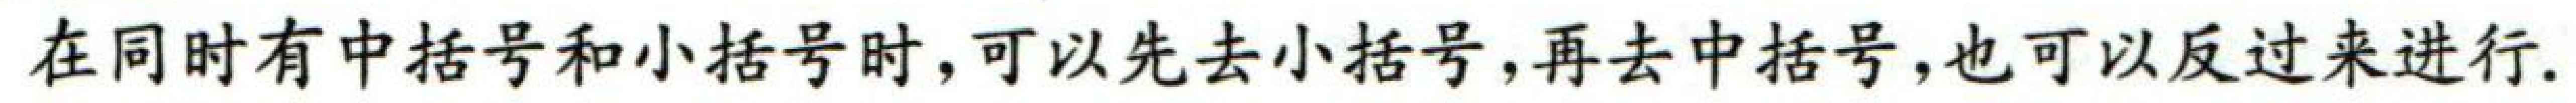
在同时有中括号和小括号时，可以先去小括号，再去中括号，也可以反过来进行.